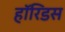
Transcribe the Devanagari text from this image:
हॉरिडस